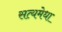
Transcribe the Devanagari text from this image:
सत्यमेधा